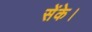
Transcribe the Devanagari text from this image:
सेंके।